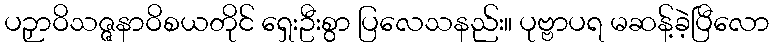
ပဉှာဝိသဇ္ဇနာဝိစယတိုင် ရှေးဦးစွာ ပြလေသနည်း။ ပုဗ္ဗာပရ မဆန့်ခဲ့ပြီလော